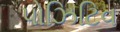
પોઝિટિવ